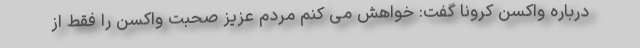
درباره واکسن کرونا گفت: خواهش می کنم مردم عزیز صحبت واکسن را فقط از